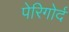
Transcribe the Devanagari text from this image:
पेरिगोर्द